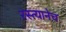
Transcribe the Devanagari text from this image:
रस्त्यानेच